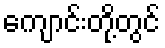
ကျောင်းတို့တွင်